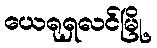
ယေရုရှလင်မြို့